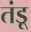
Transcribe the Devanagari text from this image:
तंडू